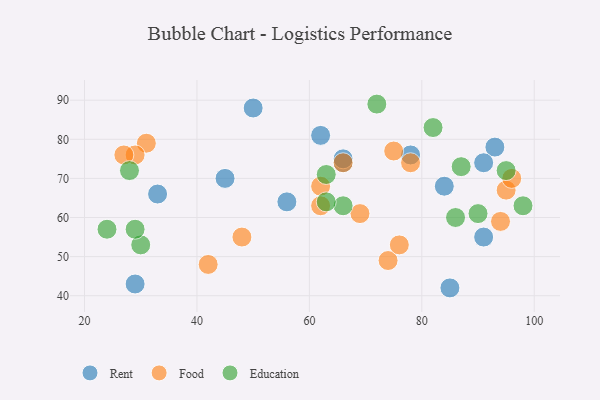
{"axis": {"x": "GDP", "y": "Life Expectancy"}, "legend": ["Education", "Food", "Rent"], "data": [{"x": "66", "y": 74, "type": "Rent"}, {"x": "91", "y": 55, "type": "Rent"}, {"x": "45", "y": 70, "type": "Rent"}, {"x": "78", "y": 76, "type": "Rent"}, {"x": "66", "y": 75, "type": "Rent"}, {"x": "33", "y": 66, "type": "Rent"}, {"x": "56", "y": 64, "type": "Rent"}, {"x": "84", "y": 68, "type": "Rent"}, {"x": "85", "y": 42, "type": "Rent"}, {"x": "62", "y": 81, "type": "Rent"}, {"x": "93", "y": 78, "type": "Rent"}, {"x": "29", "y": 43, "type": "Rent"}, {"x": "50", "y": 88, "type": "Rent"}, {"x": "91", "y": 74, "type": "Rent"}, {"x": "31", "y": 79, "type": "Food"}, {"x": "48", "y": 55, "type": "Food"}, {"x": "75", "y": 77, "type": "Food"}, {"x": "42", "y": 48, "type": "Food"}, {"x": "29", "y": 76, "type": "Food"}, {"x": "66", "y": 74, "type": "Food"}, {"x": "74", "y": 49, "type": "Food"}, {"x": "27", "y": 76, "type": "Food"}, {"x": "76", "y": 53, "type": "Food"}, {"x": "95", "y": 67, "type": "Food"}, {"x": "94", "y": 59, "type": "Food"}, {"x": "69", "y": 61, "type": "Food"}, {"x": "62", "y": 68, "type": "Food"}, {"x": "78", "y": 74, "type": "Food"}, {"x": "96", "y": 70, "type": "Food"}, {"x": "62", "y": 63, "type": "Food"}, {"x": "24", "y": 57, "type": "Education"}, {"x": "63", "y": 71, "type": "Education"}, {"x": "66", "y": 63, "type": "Education"}, {"x": "98", "y": 63, "type": "Education"}, {"x": "95", "y": 72, "type": "Education"}, {"x": "30", "y": 53, "type": "Education"}, {"x": "90", "y": 61, "type": "Education"}, {"x": "72", "y": 89, "type": "Education"}, {"x": "87", "y": 73, "type": "Education"}, {"x": "82", "y": 83, "type": "Education"}, {"x": "63", "y": 64, "type": "Education"}, {"x": "29", "y": 57, "type": "Education"}, {"x": "86", "y": 60, "type": "Education"}, {"x": "28", "y": 72, "type": "Education"}]}